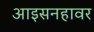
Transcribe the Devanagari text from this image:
आइसनहावर